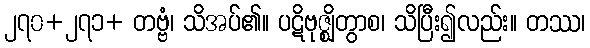
၂၇၀+၂၇၁+ တဗ္ဗံ၊ သိအပ်၏။ ပဋိဗုဇ္ဈိတွာစ၊ သိပြီး၍လည်း။ တဿ၊